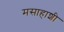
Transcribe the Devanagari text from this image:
मसाहाशी